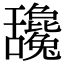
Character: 𦧻